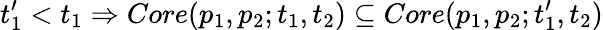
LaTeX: t_{1}^{\prime}<t_{1}\Rightarrow Core(p_{1},p_{2};t_{1},t_{2})\subseteq Core(p_{1},p_{2};t_{1}^{\prime},t_{2})